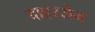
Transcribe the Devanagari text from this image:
दाहरसेन